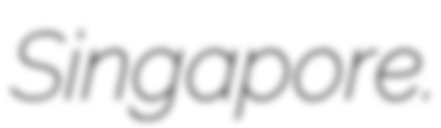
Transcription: Singapore.